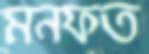
মনফত